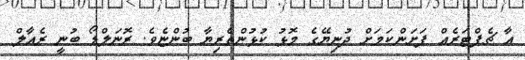
އާ ޗެޕްޓަރެއް ފަށަންކަމަށް ދުނިޔޭގެ މޮޅު ކުޅުންތެރިޔާ ބުންޏެވެ. ރޮނަލްޑޯ ބުނީ ރެއާލް